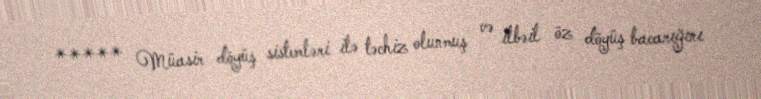
***** Müasir döyüş sistemləri ilə təchiz olunmuş və ilbəil öz döyüş bacarığını